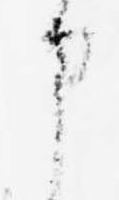
申